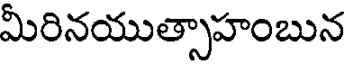
మీరినయుత్సాహంబున